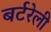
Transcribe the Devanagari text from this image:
बर्टरेली